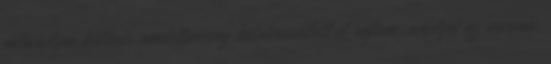
valamilyen különös rendellenesség hatalmasodott el rajtam, amelyet az orvosok,